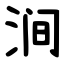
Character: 涧